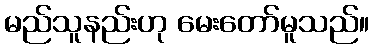
မည်သူနည်းဟု မေးတော်မူသည်။